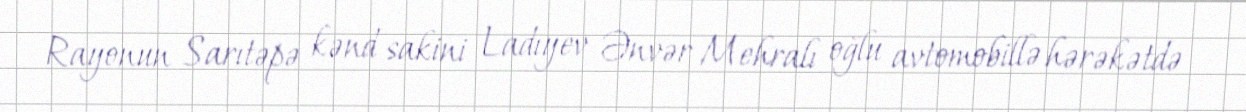
Rayonun Sarıtəpə kənd sakini Ladıyev Ənvər Mehralı oğlu avtomobillə hərəkətdə